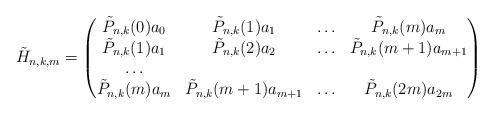
LaTeX: \begin{align*}\tilde{H}_{n,k,m}=\begin{pmatrix} \tilde{P}_{n,k}(0)a_0 & \tilde{P}_{n,k}(1)a_{1} & \ldots & \tilde{P}_{n,k}(m)a_{m} \\\tilde{P}_{n,k}(1)a_{1} & \tilde{P}_{n,k}(2)a_{2} &\ldots & \tilde{P}_{n,k}(m+1)a_{m+1} \\ \ldots \\ \tilde{P}_{n,k}(m)a_{m} & \tilde{P}_{n,k}(m+1)a_{m+1} &\ldots & \tilde{P}_{n,k}(2m)a_{2m} \end{pmatrix}\end{align*}